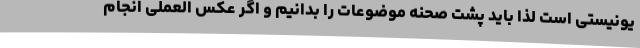
یونیستی است لذا باید پشت صحنه موضوعات را بدانیم و اگر عکس العملی انجام